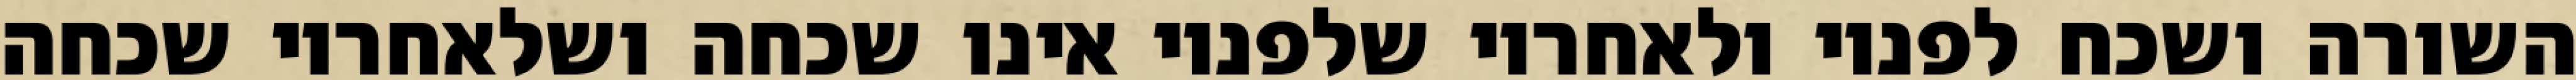
השורה ושכח לפניו ולאחריו שלפניו אינו שכחה ושלאחריו שכחה